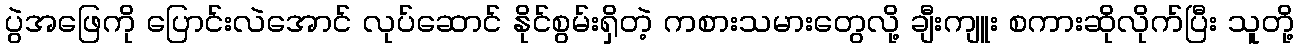
ပွဲအဖြေကို ပြောင်းလဲအောင် လုပ်ဆောင် နိုင်စွမ်းရှိတဲ့ ကစားသမားတွေလို့ ချီးကျူး စကားဆိုလိုက်ပြီး သူတို့